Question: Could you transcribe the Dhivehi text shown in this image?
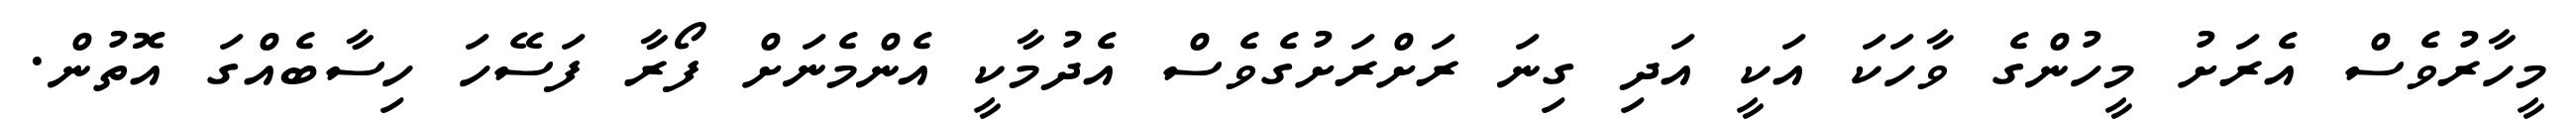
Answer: މީހާރުވެސް އެރަށު މީހުންގެ ވާހަކަ އަކީ އަދި ގިނަ ރަށްރަށުގެވެސް އެދުމާކީ އެންމެނަށް ފޯރާ ފަސޭހަ ހިސާބެއްގަ އޮތުން.